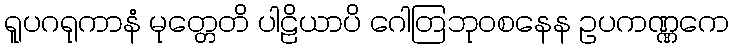
ရူပဂရုကာနံ မုတ္တေတိ ပါဠိယာပိ ဂေါတြဘုဝစနေန ဥပကဏ္ဏကေ